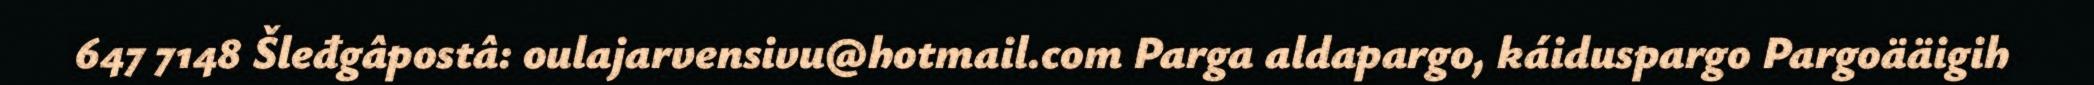
647 7148 Šleđgâpostâ: oulajarvensivu@hotmail.com Parga aldapargo, káiduspargo Pargoääigih